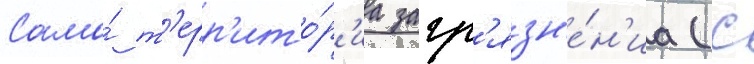
Сама́ т'ерр'ито́р'иа загр'язн'е́н'иа (с